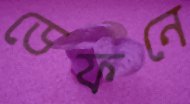
ডেফনে